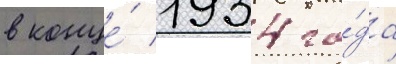
в конце́ 1934 го́да